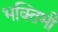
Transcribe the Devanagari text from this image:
भक्तिभी